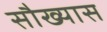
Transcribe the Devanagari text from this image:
सौख्यास